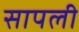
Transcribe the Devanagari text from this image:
सापली